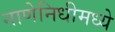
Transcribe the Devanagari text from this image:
नाणेनिधीमध्ये